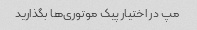
مپ در اختیار پیک موتوری‌ها بگذارید